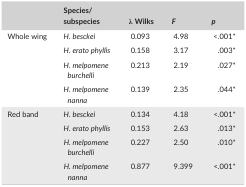
<table><thead><tr><td></td><td><b>Species/subspecies</b></td><td><b>λ Wilks</b></td><td><b><i>F</i></b></td><td><b><i>p</i></b></td></tr></thead><tbody><tr><td rowspan="4">Whole wing</td><td><i>H. besckei</i></td><td>0.093</td><td>4.98</td><td>&lt;.001*</td></tr><tr><td><i>H. erato phyllis</i></td><td>0.158</td><td>3.17</td><td>.003*</td></tr><tr><td><i>H. melpomene burchelli</i></td><td>0.213</td><td>2.19</td><td>.027*</td></tr><tr><td><i>H. melpomene nanna</i></td><td>0.139</td><td>2.35</td><td>.044*</td></tr><tr><td rowspan="4">Red band</td><td><i>H. besckei</i></td><td>0.134</td><td>4.18</td><td>&lt;.001*</td></tr><tr><td><i>H. erato phyllis</i></td><td>0.153</td><td>2.63</td><td>.013*</td></tr><tr><td><i>H. melpomene burchelli</i></td><td>0.227</td><td>2.50</td><td>.010*</td></tr><tr><td><i>H. melpomene nanna</i></td><td>0.877</td><td>9.399</td><td>&lt;.001*</td></tr></tbody></table>